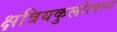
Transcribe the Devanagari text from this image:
क्षत्रियकुलोत्पन्न